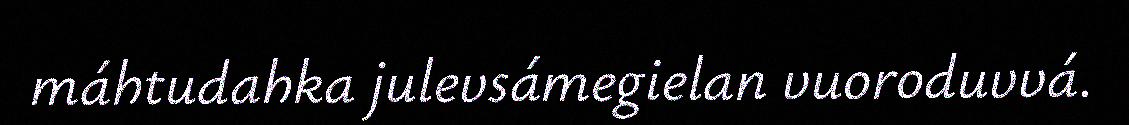
máhtudahka julevsámegielan vuoroduvvá.